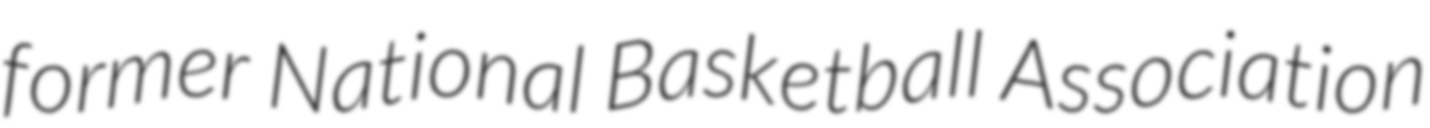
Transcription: former National Basketball Association